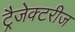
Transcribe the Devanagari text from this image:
ट्रैजेक्टरीज